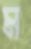
ম